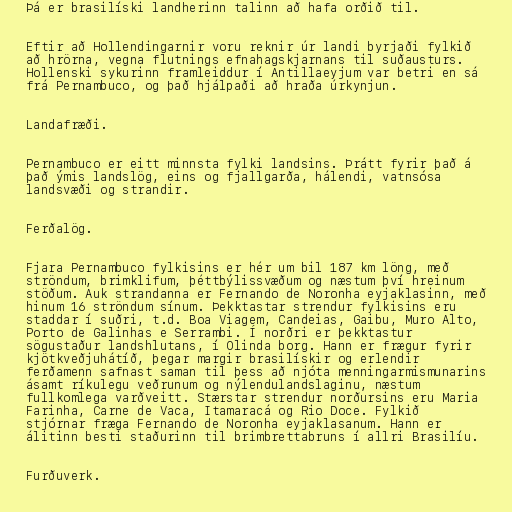
Þá er brasilíski landherinn talinn að hafa orðið til.

Eftir að Hollendingarnir voru reknir úr landi byrjaði fylkið
að hrörna, vegna flutnings efnahagskjarnans til suðausturs.
Hollenski sykurinn framleiddur í Antillaeyjum var betri en sá
frá Pernambuco, og það hjálpaði að hraða úrkynjun.

Landafræði.

Pernambuco er eitt minnsta fylki landsins. Þrátt fyrir það á
það ýmis landslög, eins og fjallgarða, hálendi, vatnsósa
landsvæði og strandir.

Ferðalög.

Fjara Pernambuco fylkisins er hér um bil 187 km löng, með
ströndum, brimklifum, þéttbýlissvæðum og næstum því hreinum
stöðum. Auk strandanna er Fernando de Noronha eyjaklasinn, með
hinum 16 ströndum sínum. Þekktastar strendur fylkisins eru
staddar í suðri, t.d. Boa Viagem, Candeias, Gaibu, Muro Alto,
Porto de Galinhas e Serrambi. Í norðri er þekktastur
sögustaður landshlutans, í Olinda borg. Hann er frægur fyrir
kjötkveðjuhátíð, þegar margir brasilískir og erlendir
ferðamenn safnast saman til þess að njóta menningarmismunarins
ásamt ríkulegu veðrunum og nýlendulandslaginu, næstum
fullkomlega varðveitt. Stærstar strendur norðursins eru Maria
Farinha, Carne de Vaca, Itamaracá og Rio Doce. Fylkið
stjórnar fræga Fernando de Noronha eyjaklasanum. Hann er
álitinn besti staðurinn til brimbrettabruns í allri Brasilíu.

Furðuverk.